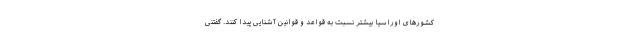
کشورهای اوراسیا بیشتر نسبت به قواعد و قوانین آشنایی پیدا کنند. گفتنی